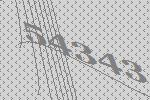
54343